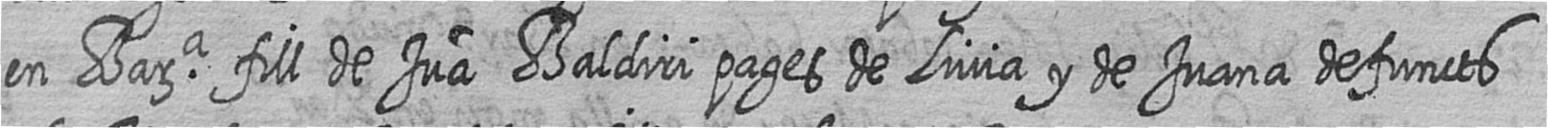
en Bara fill de Jua Baldiri pages de Livia y de Juana defuncts